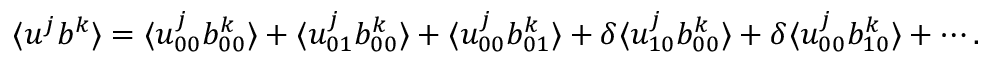
\langle { u ^ { j } b ^ { k } } \rangle = \langle { u _ { 0 0 } ^ { j } b _ { 0 0 } ^ { k } } \rangle + \langle { u _ { 0 1 } ^ { j } b _ { 0 0 } ^ { k } } \rangle + \langle { u _ { 0 0 } ^ { j } b _ { 0 1 } ^ { k } } \rangle + \delta \langle { u _ { 1 0 } ^ { j } b _ { 0 0 } ^ { k } } \rangle + \delta \langle { u _ { 0 0 } ^ { j } b _ { 1 0 } ^ { k } } \rangle + \cdots .